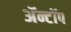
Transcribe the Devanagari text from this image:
ॲन्टॉप